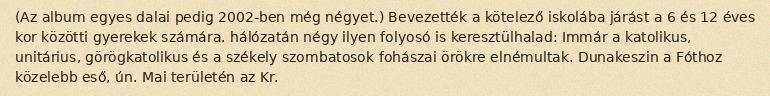
(Az album egyes dalai pedig 2002-ben még négyet.) Bevezették a kötelező iskolába járást a 6 és 12 éves kor közötti gyerekek számára. hálózatán négy ilyen folyosó is keresztülhalad: Immár a katolikus, unitárius, görögkatolikus és a székely szombatosok fohászai örökre elnémultak. Dunakeszin a Fóthoz közelebb eső, ún. Mai területén az Kr.